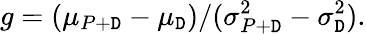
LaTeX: g=(\mu_{P+\mathtt{D}}-\mu_{\mathtt{D}})/(\sigma_{P+\mathtt{D}}^{2}-\sigma_{\mathtt{D}}^{2}).